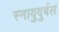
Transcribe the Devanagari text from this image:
स्नायुदुर्बल